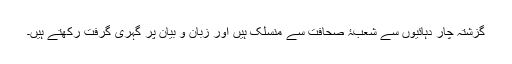
گزشتہ چار دہائیوں سے شعبۂ صحافت سے منسلک ہیں اور زبان و بیان پر گہری گرفت رکھتے ہیں۔